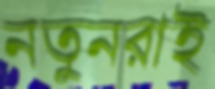
নতুনরাই